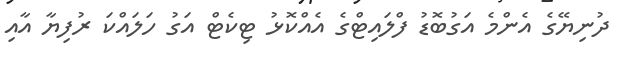
ދުނިޔޭގެ އެންމެ އަގުބޮޑު ފްލައިޓްގެ އެއްކޮޅު ޓިކެޓް އަގު ހަލައްކަ ރުފިޔާ އާއި